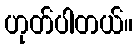
ဟုတ်ပါတယ်။